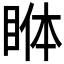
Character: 𱲺